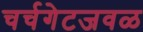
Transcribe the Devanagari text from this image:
चर्चगेटजवळ